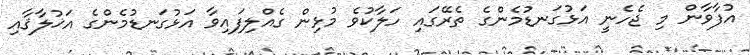
އުފާވާން މި ޖެހެނީ އަޅުގަނޑުމެންގެ ތެރޭގައި ހަލާކުވެ މުޅިން ގެއްލިފައިވާ އަޅުގަނޑުމެންގެ އަޚުލާޤާއި